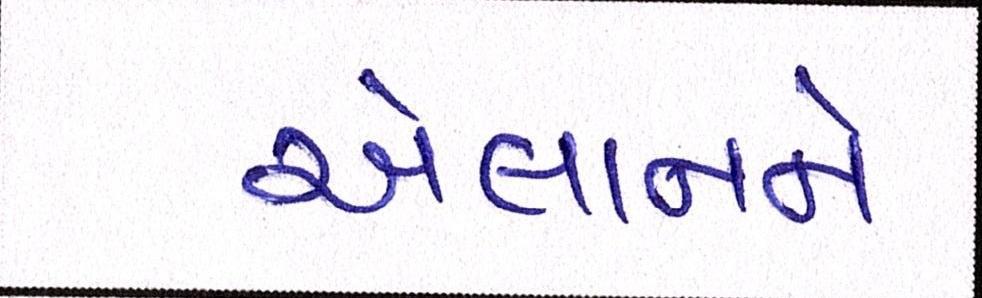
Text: એલાનને